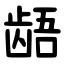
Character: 龉